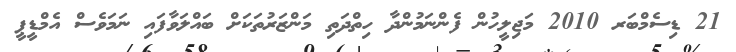
21 ޑިސެމްބަރ 2010 މަޖިލީހުން ފެންނަމުންދާ ހިތްދަތި މަންޒަރުތަކަށް ބައްލަވާފައި ނަމަވެސް އެމްޑީޕީ